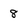
Character: 8